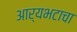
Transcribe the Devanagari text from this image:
आर्यभटाचा